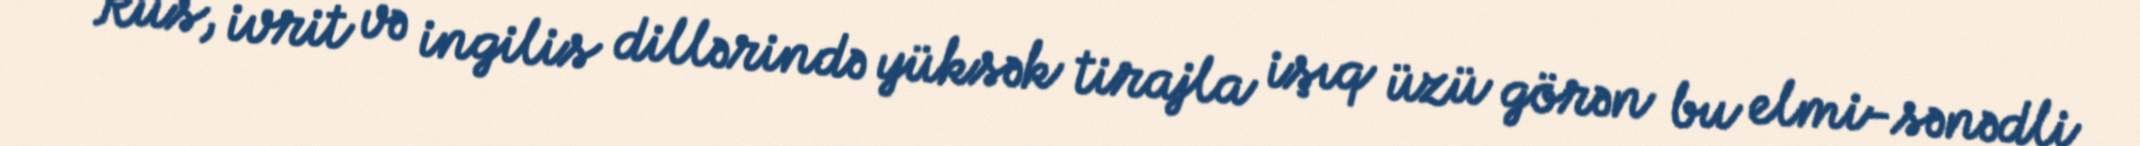
“Rus, ivrit və ingilis dillərində yüksək tirajla işıq üzü görən bu elmi-sənədli